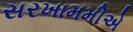
સરખામમીએ